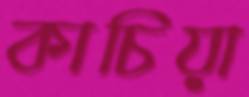
কাচিয়া